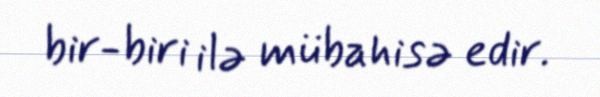
bir-biri ilə mübahisə edir.